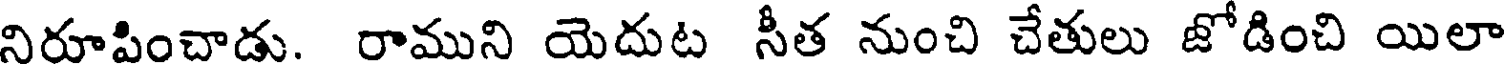
నిరూపించాడు. రాముని యెదుట సీత నుంచి చేతులు జోడించి యిలా